Leaving Certificate Examination, 1915
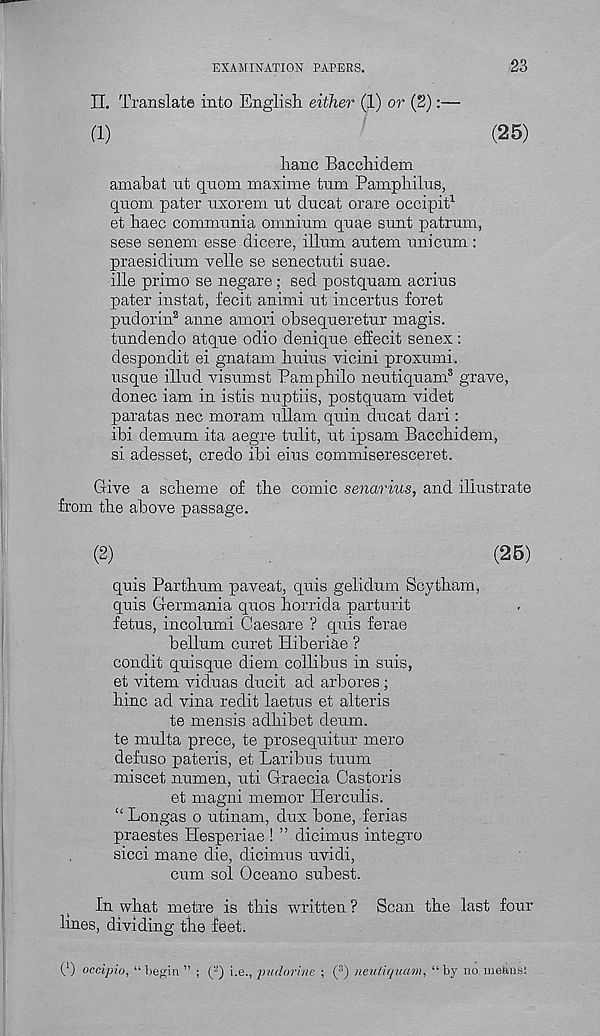
EXAMINATION PAPERS.
23
II. Translate into English, either (1) or (2):—
(1)
(25)
hanc Bacchidem
arnabat nt quoin maxime turn Pamphilus,
quom pater uxorem ut ducat orare occipit 1
et haec communia omnium quae sunt patrum,
sese senem esse dicere, ilium autem uni cum :
praesidium velle se senectuti suae,
ille primo se negare; sed postquam acrius
pater instat, fecit animi ut incertus foret
pudorin 2 anne amori ohsequeretur magis.
tundendo atque odio denique effecit senex :
despondit ei gnatam huius vicini proxumi.
usque illud visumst Pamphilo neutiquam 3 grave,
donee iam in istis nuptiis, postquam videt
paratas nec moram ullam quin ducat dari:
ibi demum ita aegre tulit, ut ipsam Bacchidem,
si adesset, credo ibi eius commiseresceret.
Give a scheme of the comic senarius, and illustrate
from the above passage.
(25)
quis Parthum paveat, quis gelidum Scytham,
quis Germania quos horrida parturit
fetus, incolumi Caesare ? quis ferae
helium curet Hiberiae ?
condit quisque diem collibus in suis,
et vitem viduas ducit ad arbores ;
hinc ad vina redit laetus et alteris
te men sis adhibet deum.
te multa prece, te prosequitur mero
defuso pateris, et Laribus tuum
miscet numen, uti Graecia Castoris
et magni memor Herculis.
“ Longas o utinam, dux bone, ferias
praestes Hesperiae ! ” dicimus integro
sicci mane die, dicimus uvidi,
cum sol Oceano suhest.
In what metre is this written ? Scan the last four
lines, dividing the feet.
0 oeeipio, “begin” ; (*) i.e., pudorine ; ( 3 ) neutiquam, “by no. means: